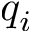
q _ { i }